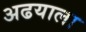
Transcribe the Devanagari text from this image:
अढयाला